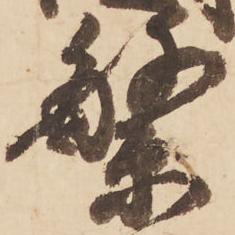
繁